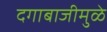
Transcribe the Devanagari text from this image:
दगाबाजीमुळे